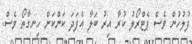
ފުލުހުން ވެސް ޕެޓްރޯލު ކުރާ އިރު ބަލާ އެފަދަ ކަންކަން ހިނގާތޯ ވެސް.